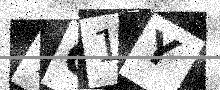
Text: 7G1Y